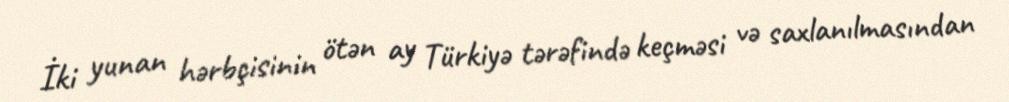
İki yunan hərbçisinin ötən ay Türkiyə tərəfində keçməsi və saxlanılmasından